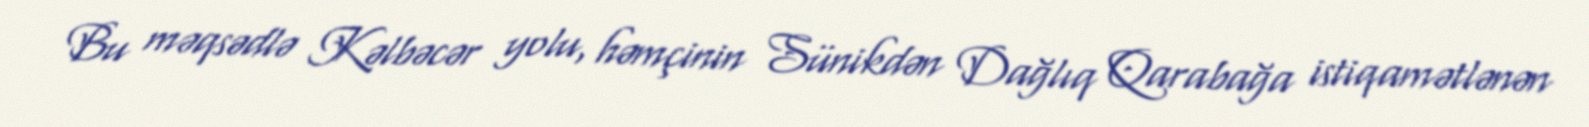
Bu məqsədlə Kəlbəcər yolu, həmçinin Sünikdən Dağlıq Qarabağa istiqamətlənən